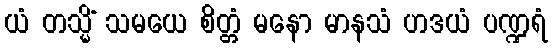
ယံ တသ္မိံ သမယေ စိတ္တံ မနော မာနသံ ဟဒယံ ပဏ္ဍရံ